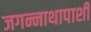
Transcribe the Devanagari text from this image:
जगन्नाथापाशी